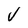
Character: V